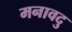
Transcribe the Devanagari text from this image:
मनावदु